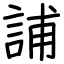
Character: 誧